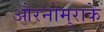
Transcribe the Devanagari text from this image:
औरनोमुराके